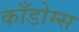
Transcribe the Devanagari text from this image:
काँडोम्स